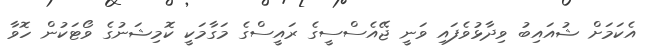
އެކަމަށް ޝުއައިބު ވިދާޅުވެފައި ވަނީ ޖޭއެސްސީގެ ރައީސްގެ މަގާމަކީ ކޮމިޝަނުގެ ވޯޓަކުން ހޮވާ